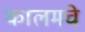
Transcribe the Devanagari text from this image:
कालमचे